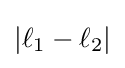
|\ell _{1}-\ell _{2}|